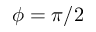
\phi = \pi / 2